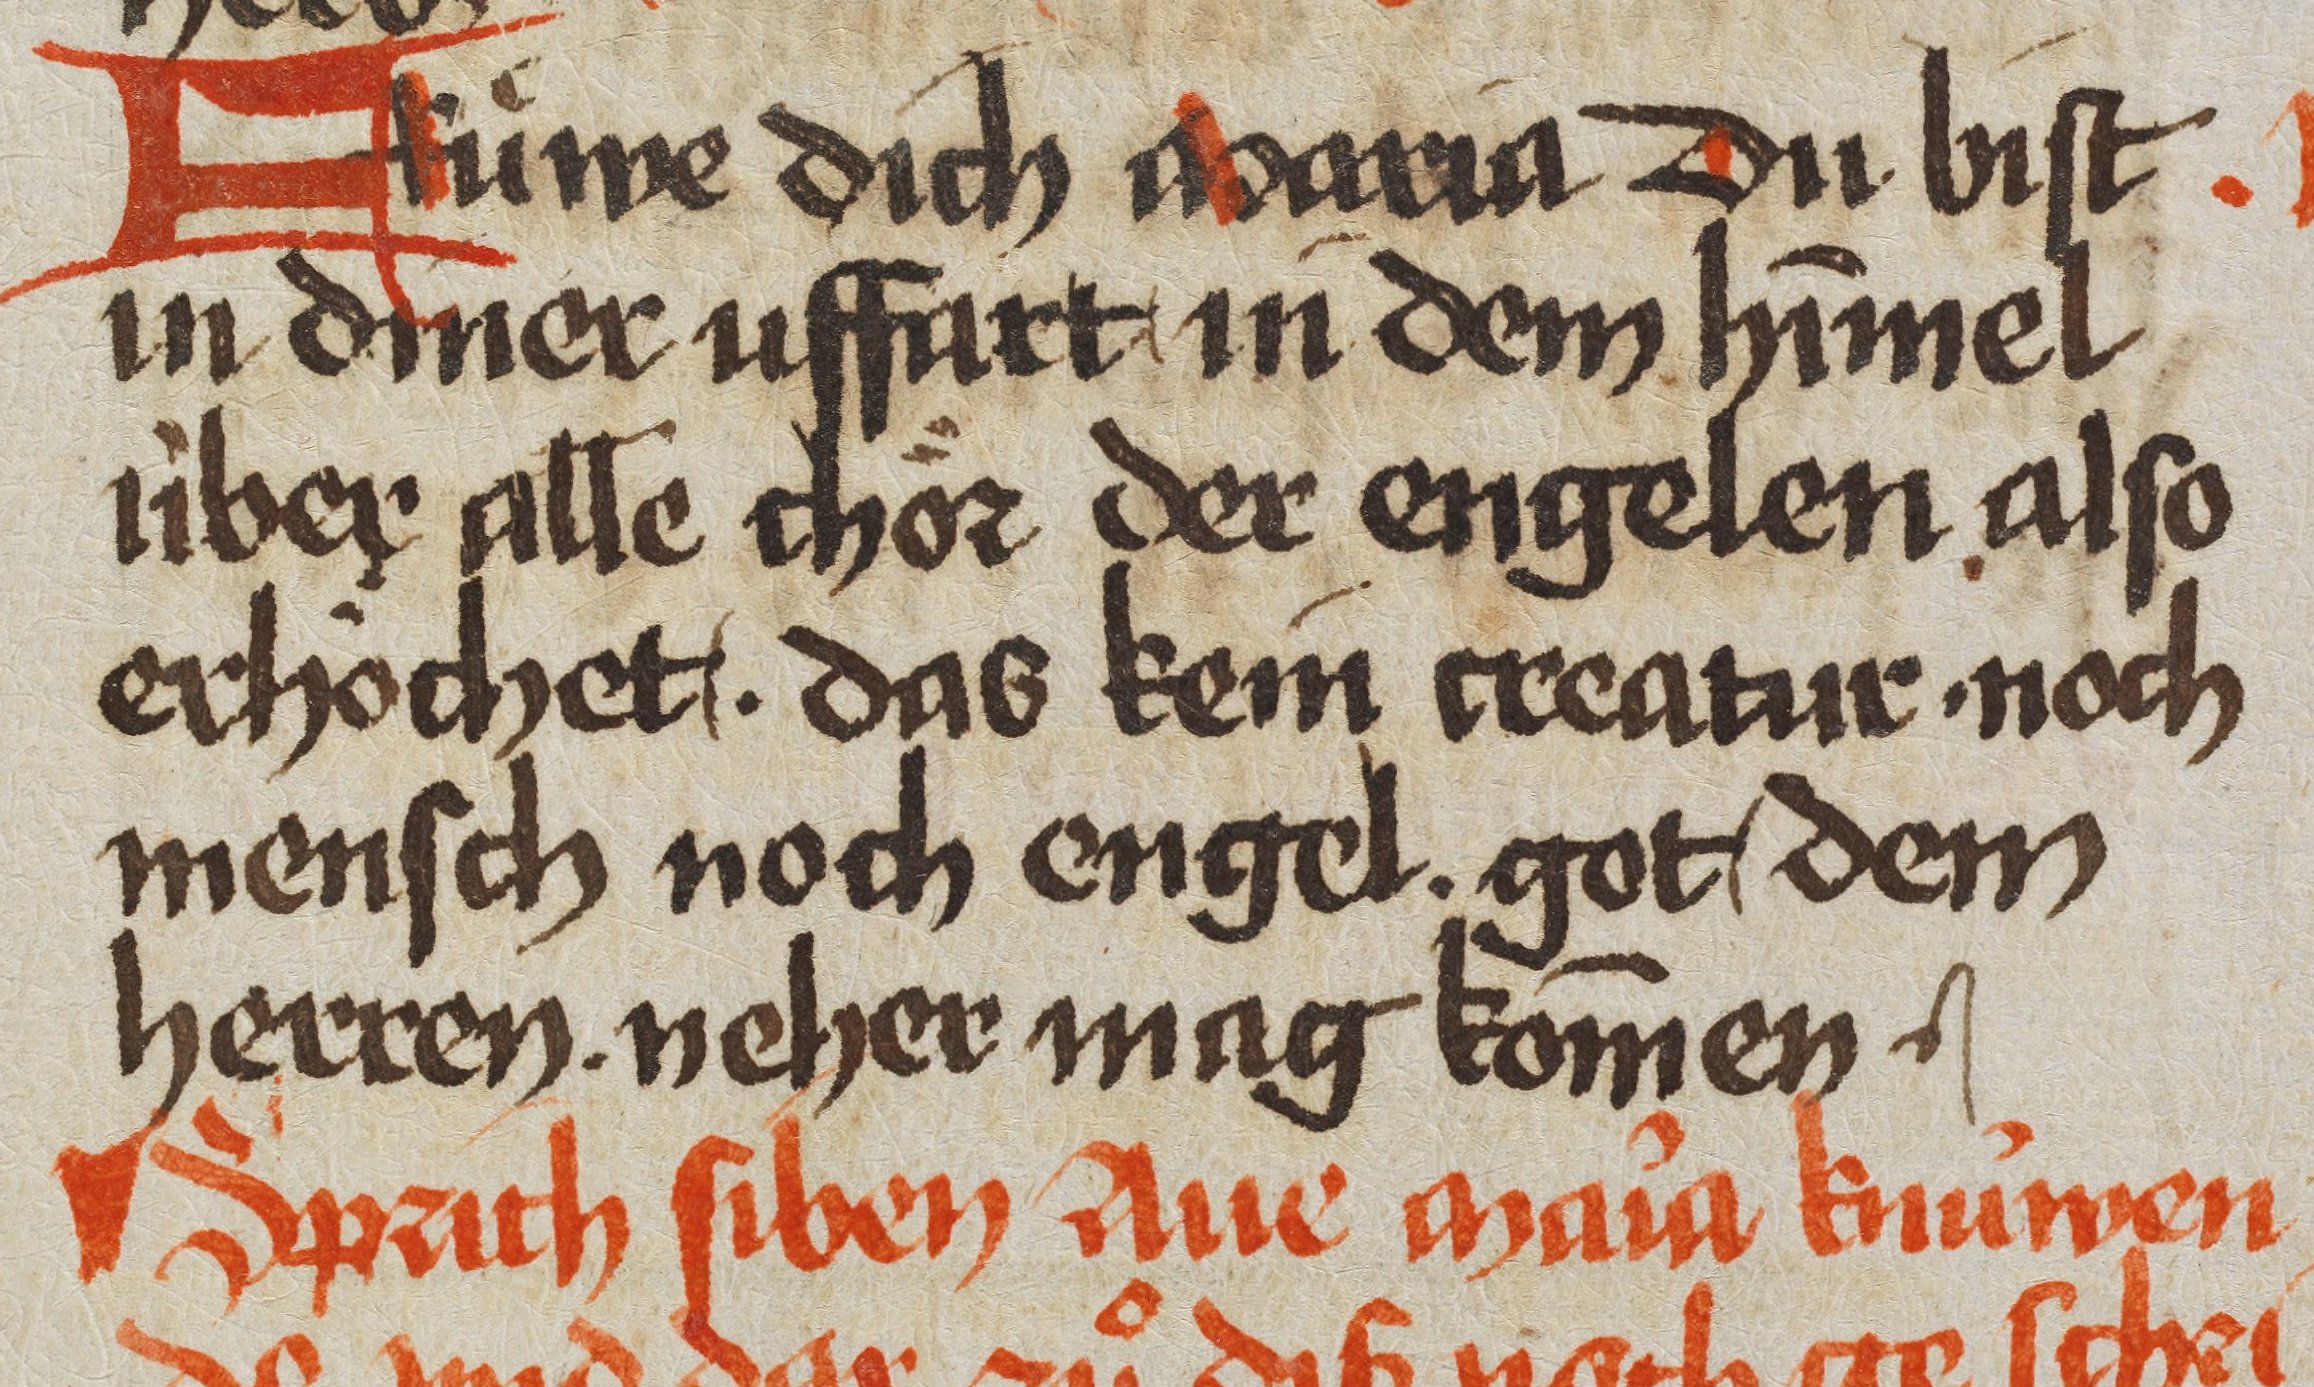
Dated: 1450–1499